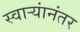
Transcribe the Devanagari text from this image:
स्वाऱ्यांनंतर